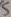
Text: S